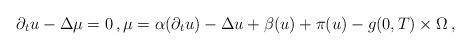
LaTeX: \begin{align*} \partial_t u - \Delta \mu = 0\,, \mu = \alpha(\partial_t u) - \Delta u + \beta(u) + \pi(u) - g (0,T)\times\Omega\,,\end{align*}